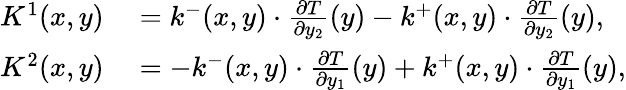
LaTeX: \begin{array}{rl}{K^{1}(x,y)}&{{}=k^{-}(x,y)\cdot\frac{\partial T}{\partial y_{2}}(y)-k^{+}(x,y)\cdot\frac{\partial T}{\partial y_{2}}(y),}\\ {K^{2}(x,y)}&{{}=-k^{-}(x,y)\cdot\frac{\partial T}{\partial y_{1}}(y)+k^{+}(x,y)\cdot\frac{\partial T}{\partial y_{1}}(y),}\end{array}